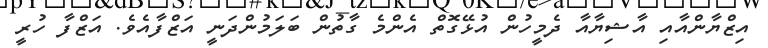
އިޒްޔާންއާއި އާޝިޔާއާ ދެމީހުން އުޅޭގޮތް އެންމެ ގާތުން ބަލަމުންދަނީ އަޒްފާއެވެ. އަޒްފާ ހުރީ